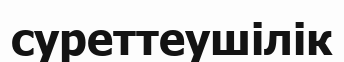
суреттеушілік